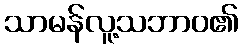
သာမန်လူ့သဘာဝ၏